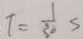
T = \frac { 1 } { 3 0 } s